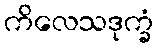
ကိလေသဒုက္ခံ